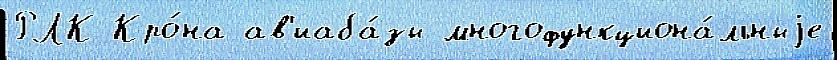
РЛК Кро́на ав'иаба́зы многофункциона́льныjе